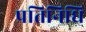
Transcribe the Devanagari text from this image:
प्रतिनिधि